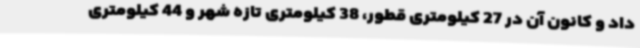
داد و کانون آن در 27 کیلومتری قطور، 38 کیلومتری تازه شهر و 44 کیلومتری